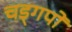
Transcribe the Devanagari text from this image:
चड्गपों